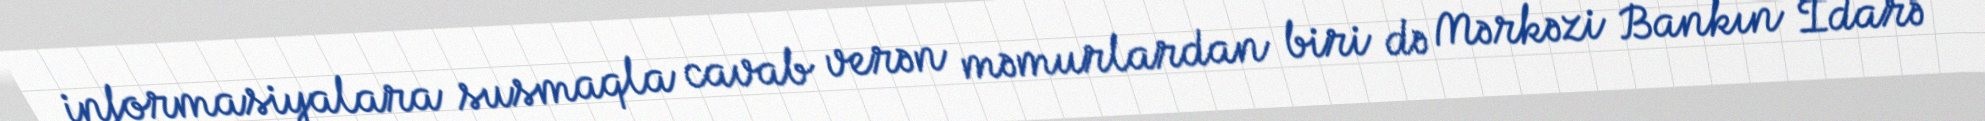
informasiyalara susmaqla cavab verən məmurlardan biri də Mərkəzi Bankın İdarə